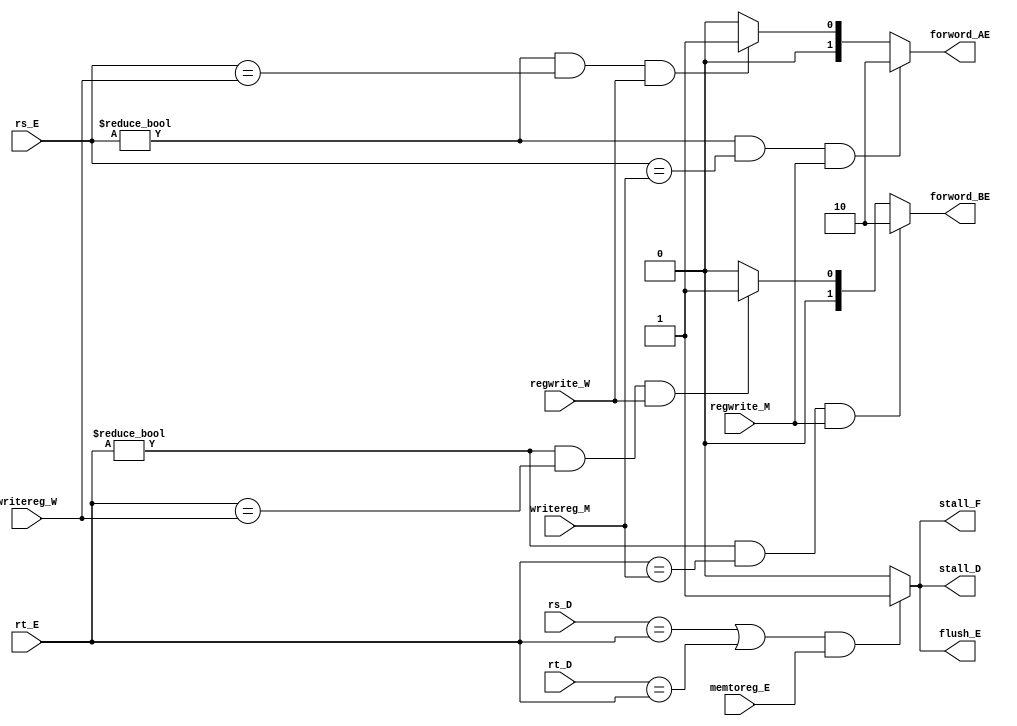
`timescale 1ns / 1ps
//////////////////////////////////////////////////////////////////////////////////
// Company: 
// Engineer: 
// 
// Design Name: 
// Module Name:    hush 
// Project Name: 
// Target Devices: 
// Tool versions: 
// Description: 
//
// Dependencies: 
//
// Revision: 
// Revision 0.01 - File Created
// Additional Comments: 
//
//////////////////////////////////////////////////////////////////////////////////
module hush(
    input [4:0] rs_E,
    input [4:0] rt_E,
    input [4:0] writereg_M,
	 input [4:0] writereg_W,
    input  regwrite_M,
    input  regwrite_W,
	 input memtoreg_E,
	 input rs_D,
	 input rt_D,
    output reg [1:0] forword_AE,
    output reg [1:0] forword_BE,
	 output reg flush_E,
	 output reg stall_D,
	 output reg stall_F
    );
	 always @ * begin
		if((rs_E!=0)&&(rs_E==writereg_M)&&(regwrite_M))begin
			forword_AE = 2;
		end
		else if((rs_E!=0)&&(rs_E==writereg_W)&&(regwrite_W))begin
			forword_AE = 1;
		end
		
		else begin
			forword_AE = 0;
			
		end
	   if((rt_E!=0)&&(rt_E==writereg_M)&&(regwrite_M))begin
			forword_BE = 2;
		end
		else if((rt_E!=0)&&(rt_E==writereg_W)&&(regwrite_W))begin
			forword_BE = 1;
		end
		else begin
			forword_BE = 0;
		end
		if(((rs_D==rt_E)||(rt_D==rt_E))&&(memtoreg_E))begin
			stall_F = 1;
			stall_D = 1;
			flush_E = 1;
		end
		else begin
			stall_F = 0;
			stall_D = 0;
			flush_E = 0;
		end
	 end


endmodule